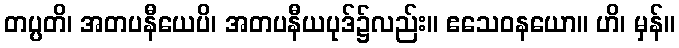
တပ္ပတိ၊ အတပနီယေပိ၊ အတပနီယပုဒ်၌လည်း။ ဧသေဝနယော။ ဟိ၊ မှန်။